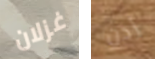
غزلان إذن